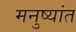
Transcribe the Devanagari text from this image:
मनुष्यांत